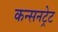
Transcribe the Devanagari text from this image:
कन्सनट्रेट